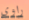
راوي